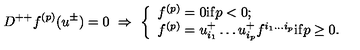
D ^ { + + } f ^ { ( p ) } ( u ^ { \pm } ) = 0 \ \Rightarrow \ \left\{ \begin{array} { l } { f ^ { ( p ) } = 0 \mathrm { i f } p < 0 ; } \\ { f ^ { ( p ) } = u _ { i _ { 1 } } ^ { + } \ldots u _ { i _ { p } } ^ { + } f ^ { i _ { 1 } \ldots i _ { p } } \mathrm { i f } p \geq 0 . } \\ \end{array} \right.